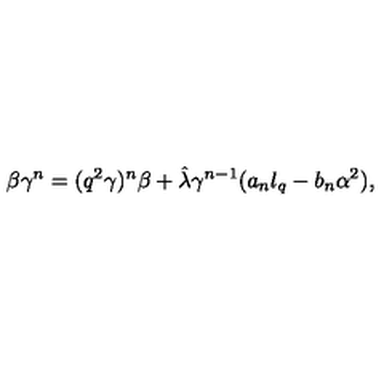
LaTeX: \beta \gamma ^ { n } = ( q ^ { 2 } \gamma ) ^ { n } \beta + \hat { \lambda } \gamma ^ { n - 1 } ( a _ { n } l _ { q } - b _ { n } \alpha ^ { 2 } ) ,